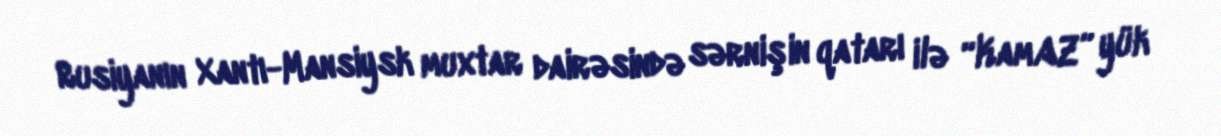
Rusiyanın Xantı-Mansiysk muxtar dairəsində sərnişin qatarı ilə “KamAZ” yük